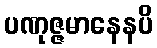
ပဏုဇ္ဇမာနေနပိ